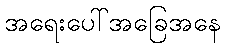
အရေးပေါ်အခြေအနေ